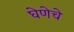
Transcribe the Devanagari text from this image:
घेणेचे